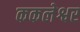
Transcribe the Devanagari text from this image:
ककलेश्वर